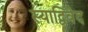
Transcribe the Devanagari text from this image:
स्याद्विवेद